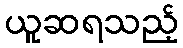
ယူဆရသည့်